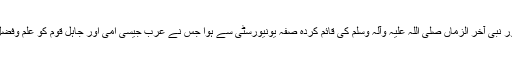
مسلمانوں کے اس سیاسی وثقافتی عروج کا آغاز معلم انسانیت حضور نبی آخر الزماں صلی اللہ علیہ وآلہ وسلم کی قائم کردہ صفہ یونیورسٹی سے ہوا جس نے عرب جیسی اُمّی اور جاہل قوم کو علم وفضل کی دولت کے ذریعے عظمت ورفعت کے بام عروج تک پہنچایا۔